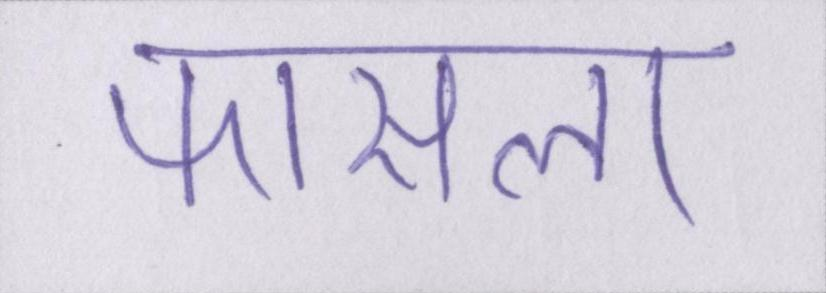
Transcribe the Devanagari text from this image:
फासला